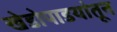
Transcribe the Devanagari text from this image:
खेडोपाडयांतून